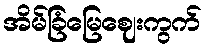
အိမ်ခြံမြေဈေးကွက်